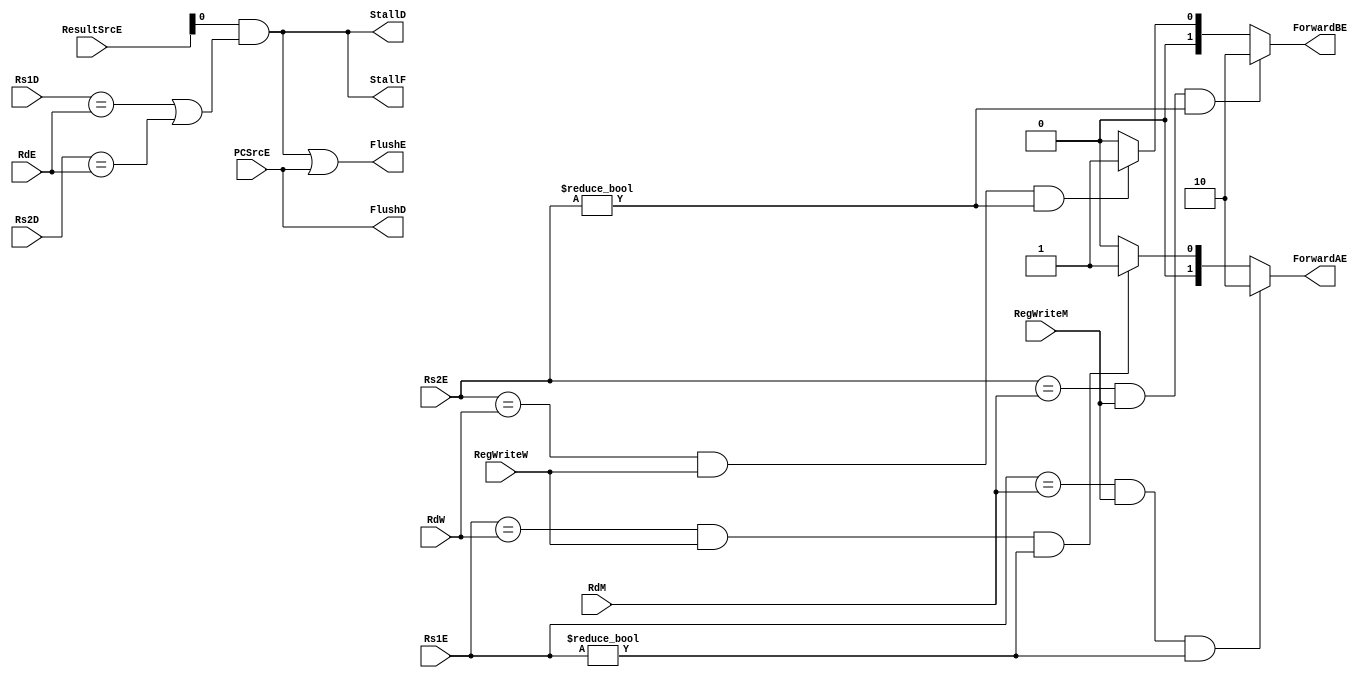
module hazard_unit (
    input      [4:0] Rs1E,
    input      [4:0] Rs2E,
    input      [4:0] RdM,
    input      [4:0] RdW,
    input      [4:0] Rs1D,
    input      [4:0] Rs2D,
    input      [4:0] RdE,
    input      [1:0] ResultSrcE,
    input            RegWriteM,
    input            RegWriteW,
    input            PCSrcE,
    output reg       StallF,
    output reg       StallD,
    output reg       FlushE,
    output reg       FlushD,
    output reg [1:0] ForwardAE,
    output reg [1:0] ForwardBE
);
    reg lwStall;

    always @(*) begin
        if (((Rs1E == RdM) && RegWriteM) && (Rs1E != 0) ) begin
            ForwardAE = 2'b10;
        end
        else if ( ((Rs1E == RdW) && RegWriteW) && (Rs1E != 0) ) begin
            ForwardAE = 2'b01;
        end
        else begin
            ForwardAE = 2'b00;
        end
        
    end

    always @ (*) begin
        if (((Rs2E == RdM) && RegWriteM) && (Rs2E != 0) ) begin
            ForwardBE = 2'b10;
        end
        else if ( ((Rs2E == RdW) && RegWriteW) && (Rs2E != 0) ) begin
            ForwardBE = 2'b01;
        end
        else begin
            ForwardBE = 2'b00;
        end
        
    end

    always @ (*) begin
        lwStall = (ResultSrcE[0] & ((Rs1D == RdE) | (Rs2D == RdE)));
        StallD  = lwStall;
        FlushE  = lwStall | PCSrcE;
        StallF  = lwStall; 
        FlushD  = PCSrcE;
    end

endmodule